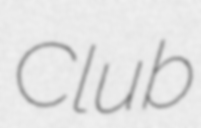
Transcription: Club